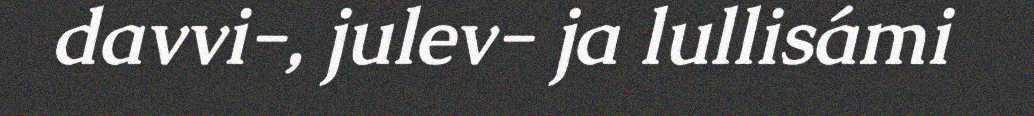
davvi-, julev- ja lullisámi